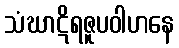
သံဃာဋိရဇူပဝါဟနေ